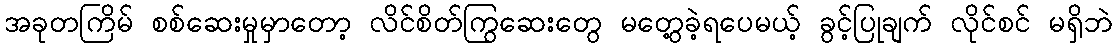
အခုတကြိမ် စစ်ဆေးမှုမှာတော့ လိင်စိတ်ကြွဆေးတွေ မတွေ့ခဲ့ရပေမယ့် ခွင့်ပြုချက် လိုင်စင် မရှိဘဲ